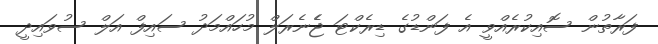
ފަރާތުން ސޮއިކުރެއްވީ އެ ފަންޑުގެ ޑިރެކްޓަ ޖެެނެރަލް މުހައްމަދު ސައިފް އަލް ސުވައިދީ